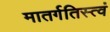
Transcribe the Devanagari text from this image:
मातर्गतिस्त्वं